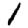
Digit: 1